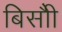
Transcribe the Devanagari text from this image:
बिसौी